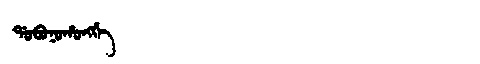
Manchu: ᡩᠣᠪᠣᠨᠣᡥᠣᠩᡤᡝ
Romanization: DOBONOHONGGE